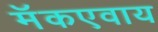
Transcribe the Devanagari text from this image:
मॅकएवाय